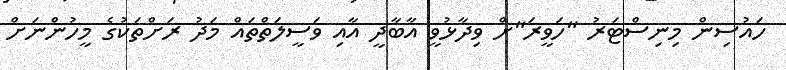
ހައުސިން މިނިސްޓަރު "ހަވީރަ"ށް ވިދާޅުވީ އާބާދީ އާއި ވަސީލަތްތައް މަދު ރަށްތަކުގެ މީހުންނަށް